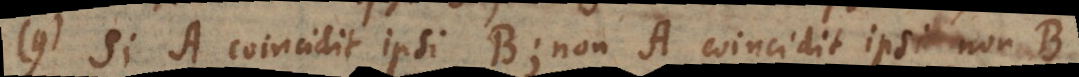
9) Si A coincidit ipsi B; non‐A coincidit ipsi non‐B.